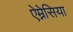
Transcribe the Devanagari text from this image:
ऐम्नेसिया